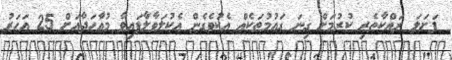
ފަށަލަ ރައްކާތެރި ކުރުމަށް ގިނަ ގައުމުތަކެއް އެކުވެގެން އެކުލަވާލާފައިވާ މުއާހަދާއަށް 25 އަހަރު